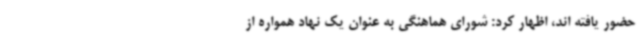
حضور یافته اند، اظهار کرد: شورای هماهنگی به عنوان یک نهاد همواره از